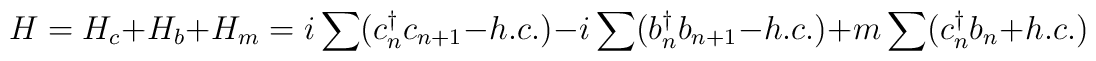
H=H_{c}+H_{b}+H_{m}=i\sum (c_{n}^{\dagger}c_{n+1}-h.c.)-i\sum (b_{n}^{\dagger}b_{n+1}-h.c.)+m\sum (c_{n}^{\dagger}b_{n}+h.c.)